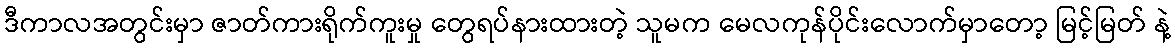
ဒီကာလအတွင်းမှာ ဇာတ်ကားရိုက်ကူးမှု တွေရပ်နားထားတဲ့ သူမက မေလကုန်ပိုင်းလောက်မှာတော့ မြင့်မြတ် နဲ့